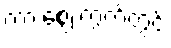
ကားဈေးကွက်တွင်